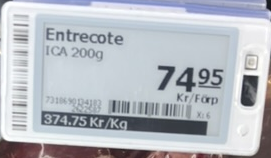
Vara: Entrecote
Genomsnittspris: 374.75 per kg